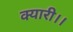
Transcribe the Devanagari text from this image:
क्यारी।।